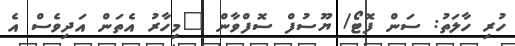
ހުރި ހާލަތު: ސަން ފޮޓޯ/ ޔޫސުފް ސޮފްވާން "މިހާރު އެތަން އަދިވެސް އެ